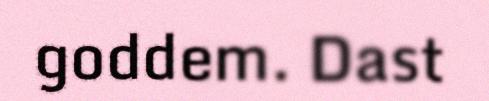
goddem. Dast